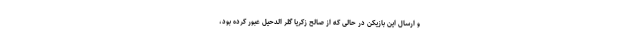
و ارسال این بازیکن در حالی که از صالح زکریا گلر الدحیل عبور کرده بود،